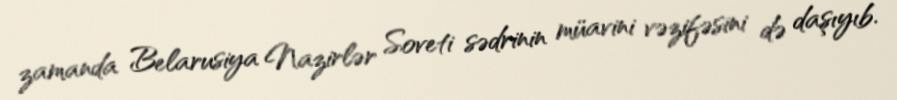
zamanda Belarusiya Nazirlər Soveti sədrinin müavini vəzifəsini də daşıyıb.